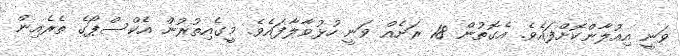
ވަނީ އިއުލާންކޮށްފައެވެ. އެގޮތުން 18 ރަށެއް ވަނީ ހުޅުވާލާފައެވެ. މީގެއިތުރުން އެކްސްޕޯގެ ތެރެއިން